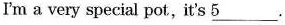
I'm a very special pot,it's \underline{5}___.